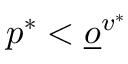
p ^ { * } < \underline { o } ^ { v ^ { * } }